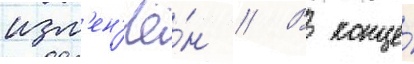
изм'ен'ё́н // В конце́